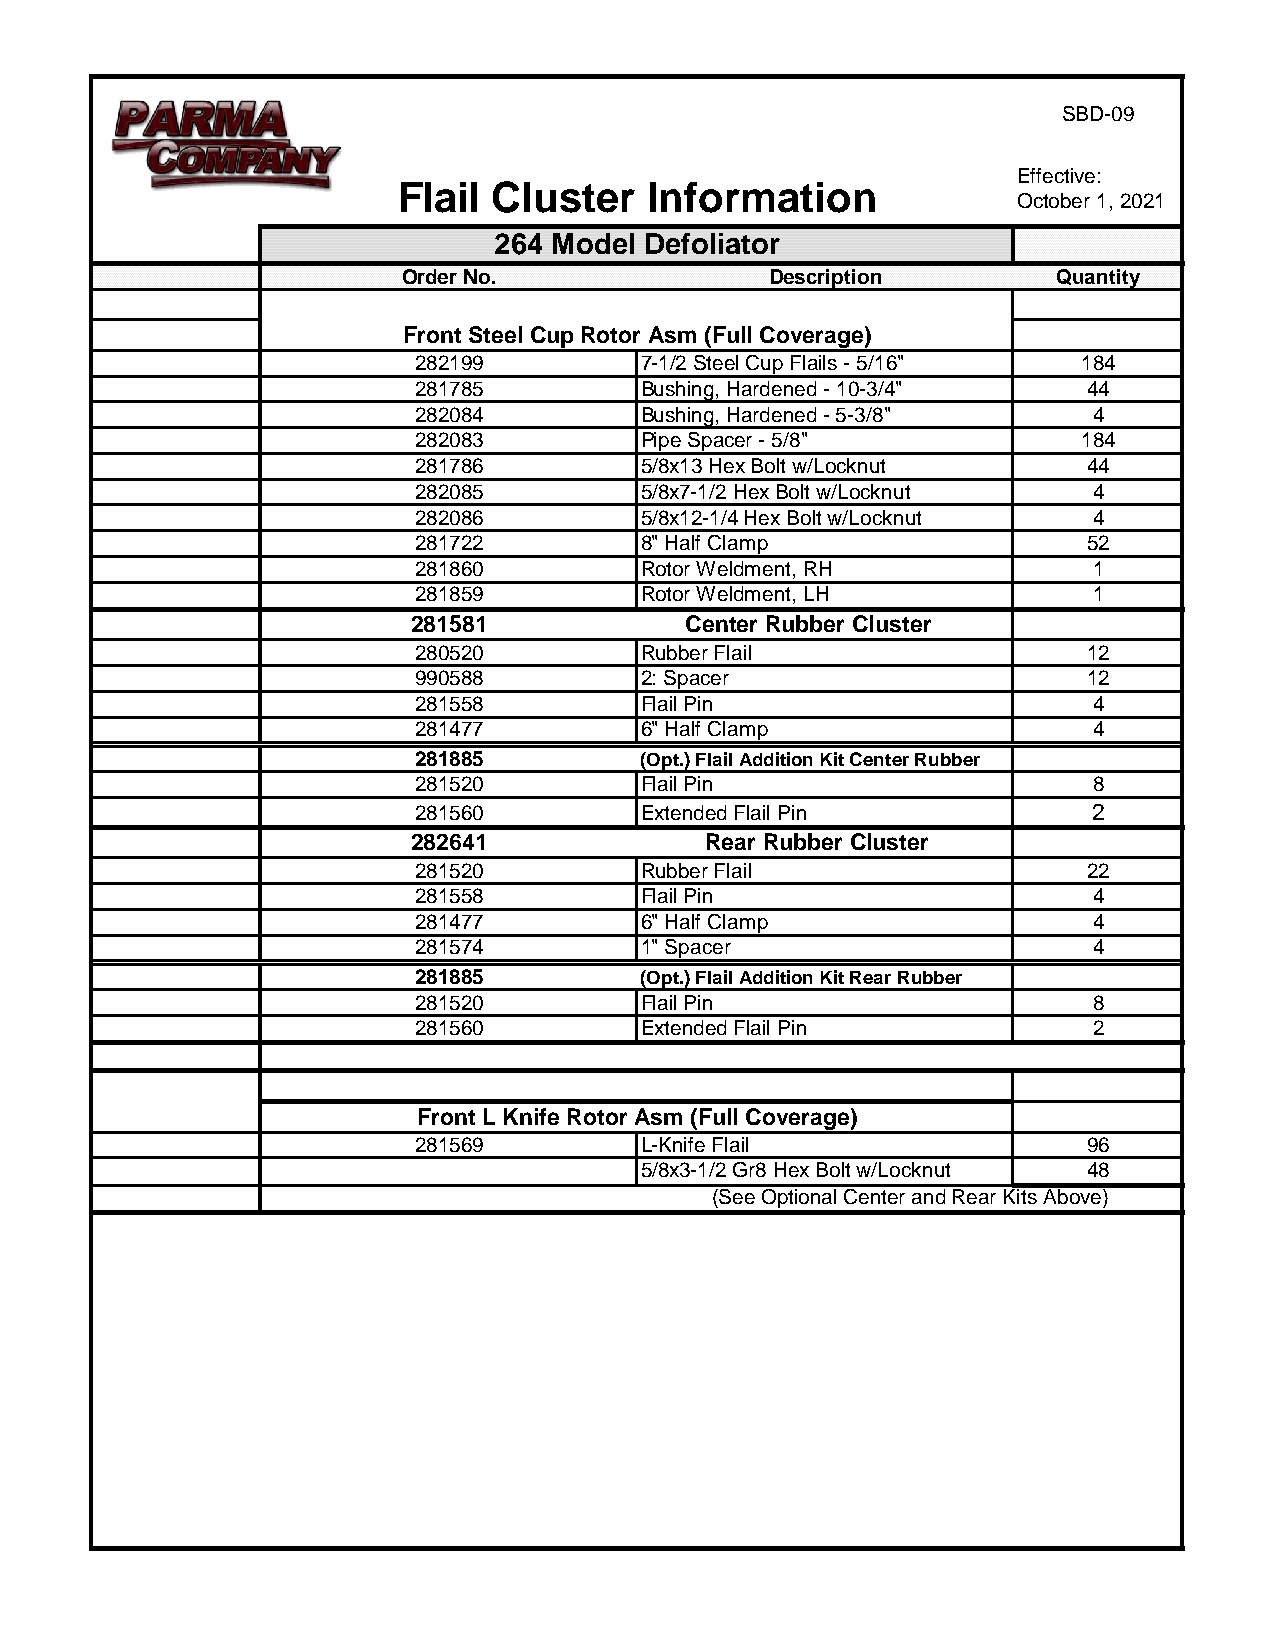
SBD-09
 Effective:
 Flail  Cluster   Information
 October 1, 2021
 264 Model Defoliator
 Order No.               Description        Quantity
 Front Steel Cup Rotor Asm (Full Coverage)
 282199         7-1/2 Steel Cup Flails - 5/16" 184
 281785         Bushing, Hardened - 10-3/4"   44
 282084         Bushing, Hardened - 5-3/8"    4
 282083         Pipe Spacer - 5/8"            184
 281786         5/8x13 Hex Bolt w/Locknut     44
 282085         5/8x7-1/2 Hex Bolt w/Locknut  4
 282086         5/8x12-1/4 Hex Bolt w/Locknut 4
 281722         8" Half Clamp                 52
 281860         Rotor Weldment, RH            1
 281859         Rotor Weldment, LH            1
 281581            Center Rubber Cluster
 280520         Rubber Flail                  12
 990588         2: Spacer                     12
 281558         Flail Pin                     4
 281477         6" Half Clamp                 4
 281885         (Opt.) Flail Addition Kit Center Rubber
 281520         Flail Pin                     8
 281560         Extended Flail Pin            2
 282641              Rear Rubber Cluster
 281520         Rubber Flail                  22
 281558         Flail Pin                     4
 281477         6" Half Clamp                 4
 281574         1" Spacer                     4
 281885         (Opt.) Flail Addition Kit Rear Rubber
 281520         Flail Pin                     8
 281560         Extended Flail Pin            2
 Front L Knife Rotor Asm (Full Coverage)
 281569         L-Knife Flail                 96
 5/8x3-1/2 Gr8 Hex Bolt w/Locknut 48
 (See Optional Center and Rear Kits Above)